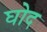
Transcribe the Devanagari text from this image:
घोद